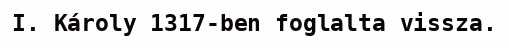
I. Károly 1317-ben foglalta vissza.